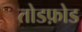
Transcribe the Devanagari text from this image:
तोडफ़ोड